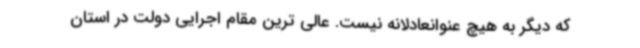
که دیگر به هیچ عنوانعادلانه نیست. عالی ترین مقام اجرایی دولت در استان